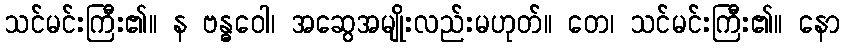
သင်မင်းကြီး၏။ န ဗန္ဓဝေါ၊ အဆွေအမျိုးလည်းမဟုတ်။ တေ၊ သင်မင်းကြီး၏။ နော